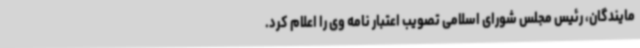
مایندگان، رئیس مجلس شورای اسلامی تصویب اعتبار نامه وی را اعلام کرد.